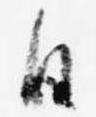
日